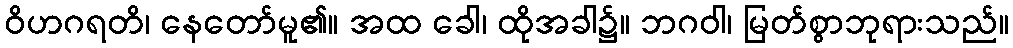
ဝိဟဂရတိ၊ နေတော်မူ၏။ အထ ခေါ၊ ထိုအခါ၌။ ဘဂဝါ၊ မြတ်စွာဘုရားသည်။